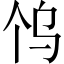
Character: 𱍼